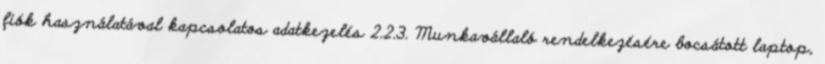
fiók használatával kapcsolatos adatkezelés 2.2.3. Munkavállaló rendelkezésére bocsátott laptop,